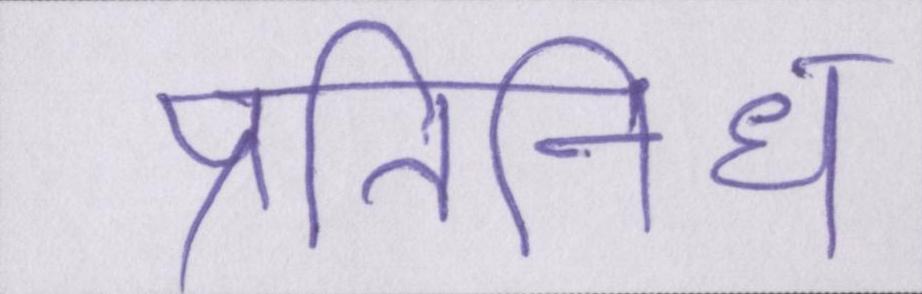
प्रतिनिधि